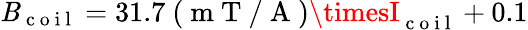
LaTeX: \mathit{B}_{\mathrm{{~c~o~i~l~}}}=31.7~(\mathrm{{~m~T~/~A~}})\timesI_{\mathrm{{~c~o~i~l~}}}+0.1